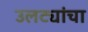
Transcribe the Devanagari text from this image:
उलट्यांचा